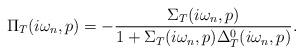
LaTeX: \begin{align*}\Pi_T (i\omega_n,p) = -\frac{\Sigma_T (i\omega_n,p)}{1+\Sigma_T(i\omega_n,p)\Delta_T^0(i\omega_n,p)}.\end{align*}